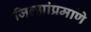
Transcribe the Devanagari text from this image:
जिल्ह्यांप्रमाणे